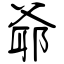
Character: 爺